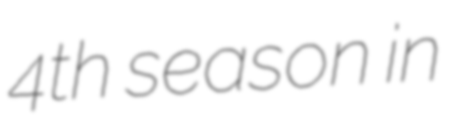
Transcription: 4th season in